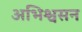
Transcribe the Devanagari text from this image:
अभिश्वसन